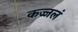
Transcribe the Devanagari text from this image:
कज्जलं